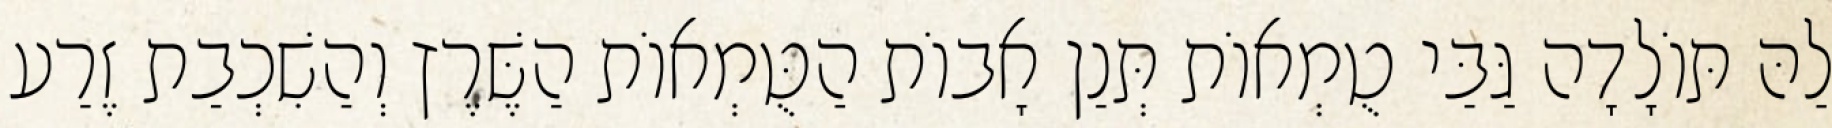
לַהּ תּוֹלָדָה גַּבַּי טֻמְאוֹת תְּנַן אָבוֹת הַטֻּמְאוֹת הַשֶּׁרֶץ וְהַשִׁכְבַת זֶרַע